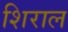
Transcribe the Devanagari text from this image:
शिराल